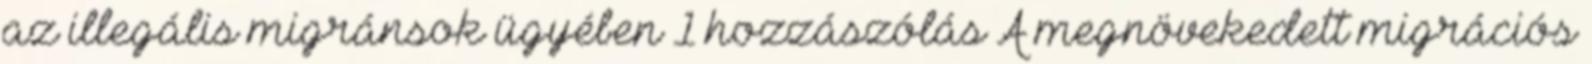
az illegális migránsok ügyében 1 hozzászólás A megnövekedett migrációs